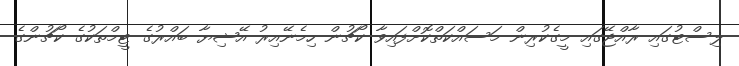
ލިސްޓުގައި ރާއްޖޭގައި މީގެކުރިން މަސައްކަތްކޮށްފައިވާ ކޯޗުން ހިމެނޭއިރު އޭޝިޔާ ބައްރުގެ ޓީމްތަކުގެ ކޯޗުންގެ